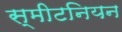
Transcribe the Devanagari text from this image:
स्मीटनियन